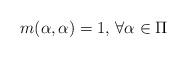
LaTeX: \begin{align*}m(\alpha,\alpha)=1,\,\forall \alpha\in \Pi\end{align*}